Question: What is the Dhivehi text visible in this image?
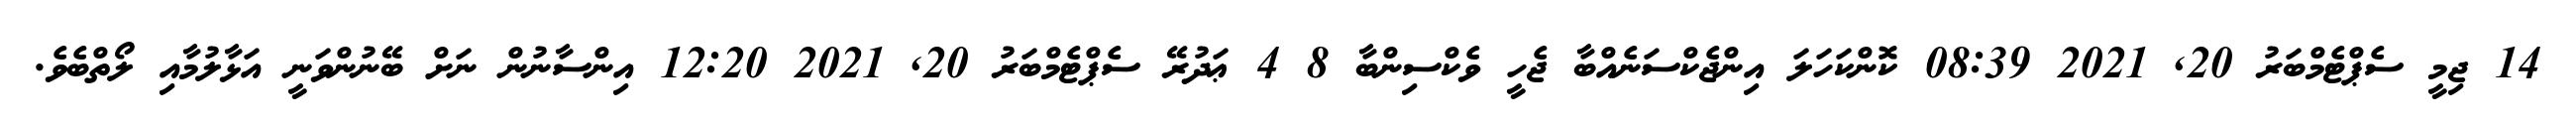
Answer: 14 ޖިމީ ސެޕްޓެމްބަރު 20, 2021 08:39 ކޮންކަހަލަ އިންޖެކްސަނެއްބާ ޖެހީ ވެކްސިންބާ 8 4 ޢަދުރޭ ސެޕްޓެމްބަރު 20, 2021 12:20 އިންސާނުން ނަށް ބޭނުންވަނީ އަޅާލުމާއި ލޯތްބެވެ.